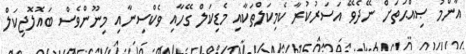
އާންމު ޞިއްޙަތަށް ނޭދެވޭ އަސަރުކުރާ ކެމިކަލްތަކާއި މެޑިކަލް ގޭހާއި ވެކްސިނާއި މިނޫންވެސް ބައޮލޮޖިކަލް